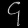
Digit: ၄